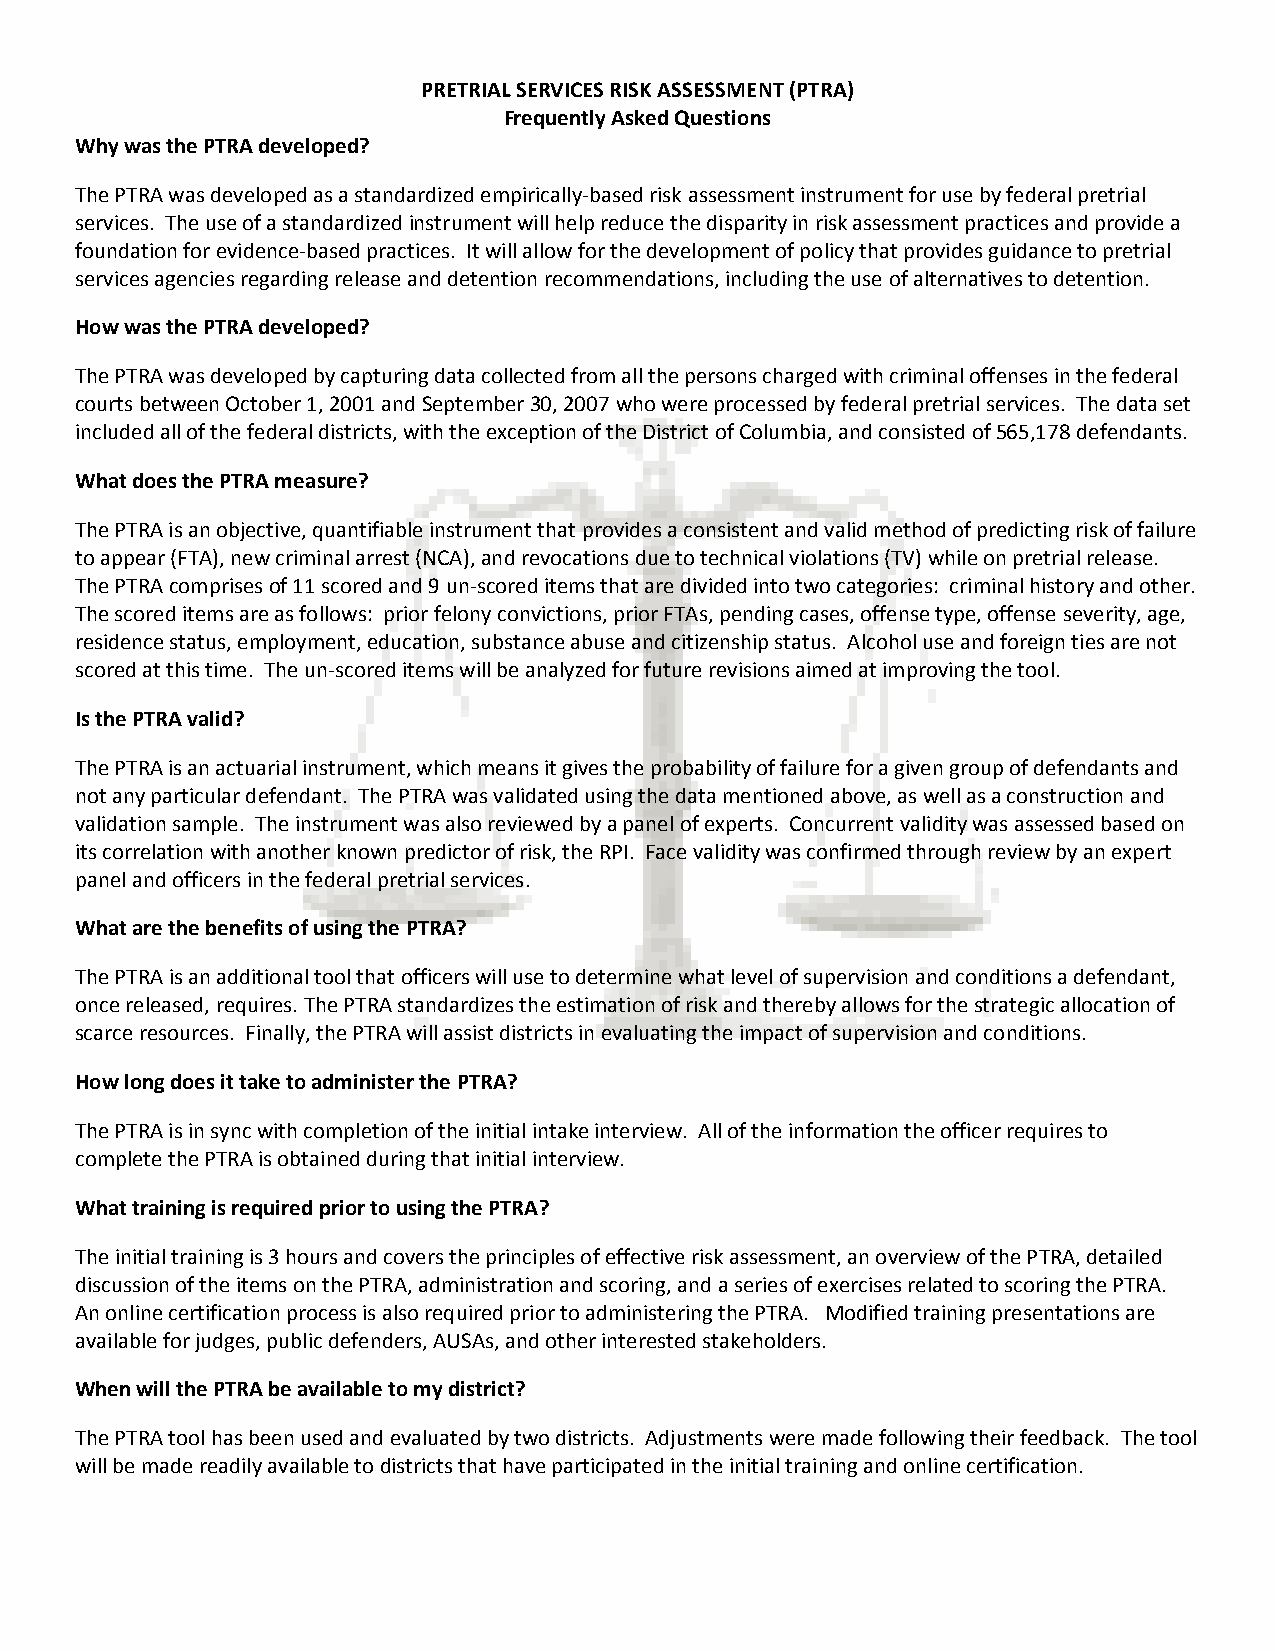
PRETRIAL SERVICES RISK ASSESSMENT (PTRA)
 Frequently Asked Questions
 Why was the PTRA developed?
 The PTRA was developed as a standardized empirically-based risk assessment instrument for use by federal pretrial
 services. The use of a standardized instrument will help reduce the disparity in risk assessment practices and provide a
 foundation for evidence-based practices. It will allow for the development of policy that provides guidance to pretrial
 services agencies regarding release and detention recommendations, including the use of alternatives to detention.
 How was the PTRA developed?
 The PTRA was developed by capturing data collected from all the persons charged with criminal offenses in the federal
 courts between October 1, 2001 and September 30, 2007 who were processed by federal pretrial services. The data set
 included all of the federal districts, with the exception of the District of Columbia, and consisted of 565,178 defendants.
 What does the PTRA measure?
 The PTRA is an objective, quantifiable instrument that provides a consistent and valid method of predicting risk of failure
 to appear (FTA), new criminal arrest (NCA), and revocations due to technical violations (TV) while on pretrial release.
 The PTRA comprises of 11 scored and 9 un-scored items that are divided into two categories: criminal history and other.
 The scored items are as follows: prior felony convictions, prior FTAs, pending cases, offense type, offense severity, age,
 residence status, employment, education, substance abuse and citizenship status. Alcohol use and foreign ties are not
 scored at this time. The un-scored items will be analyzed for future revisions aimed at improving the tool.
 Is the PTRA valid?
 The PTRA is an actuarial instrument, which means it gives the probability of failure for a given group of defendants and
 not any particular defendant. The PTRA was validated using the data mentioned above, as well as a construction and
 validation sample. The instrument was also reviewed by a panel of experts. Concurrent validity was assessed based on
 its correlation with another known predictor of risk, the RPI. Face validity was confirmed through review by an expert
 panel and officers in the federal pretrial services.
 What are the benefits of using the PTRA?
 The PTRA is an additional tool that officers will use to determine what level of supervision and conditions a defendant,
 once released, requires. The PTRA standardizes the estimation of risk and thereby allows for the strategic allocation of
 scarce resources. Finally, the PTRA will assist districts in evaluating the impact of supervision and conditions.
 How long does it take to administer the PTRA?
 The PTRA is in sync with completion of the initial intake interview. All of the information the officer requires to
 complete the PTRA is obtained during that initial interview.
 What training is required prior to using the PTRA?
 The initial training is 3 hours and covers the principles of effective risk assessment, an overview of the PTRA, detailed
 discussion of the items on the PTRA, administration and scoring, and a series of exercises related to scoring the PTRA.
 An online certification process is also required prior to administering the PTRA. Modified training presentations are
 available for judges, public defenders, AUSAs, and other interested stakeholders.
 When will the PTRA be available to my district?
 The PTRA tool has been used and evaluated by two districts. Adjustments were made following their feedback. The tool
 will be made readily available to districts that have participated in the initial training and online certification.